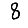
Digit: 8